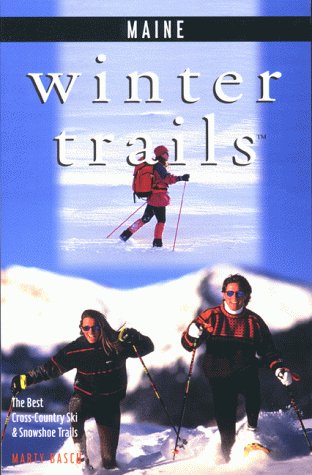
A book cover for Winter Trails Maine: The Best Cross-Country Ski and Snowshoe Trails (Winter Trails Series); Marty Basch; Travel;